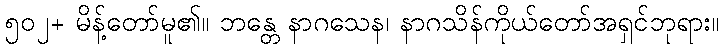
၅၀၂+ မိန့်တော်မူ၏။ ဘန္တေ နာဂသေန၊ နာဂသိန်ကိုယ်တော်အရှင်ဘုရား။